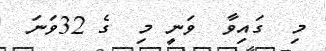
މި  ގައިވާ  ވަނީ މި  ގެ 32ވަނަ